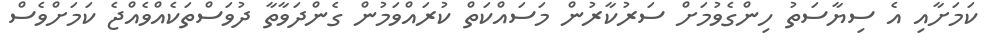
ކަމަށާއި އެ ސިޔާސަތު ހިންގެވުމަށް ސަރުކާރުން މަސައްކަތް ކުރައްވަމުން ގެންދަވާތާ ދުވަސްތަކެއްވެއްޖެ ކަމަށްވެސް